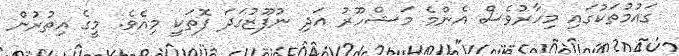
ގައުމުތަކުގައި މިހާރުވެސް އެންމެ މަޝްހޫރު އަދި ނުފޫޒުގަދަ ފޮތަކީ މިއެވެ. މީގެ އިތުރުން